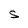
Character: S